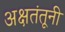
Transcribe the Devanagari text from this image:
अक्षतंतूनी